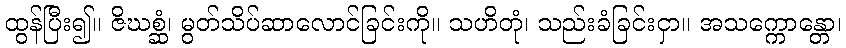
ထွန်ပြီး၍။ ဇိဃစ္ဆံ၊ မွတ်သိပ်ဆာလောင်ခြင်းကို။ သဟိတုံ၊ သည်းခံခြင်းငှာ။ အသက္ကောန္တော၊